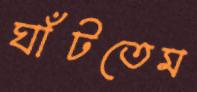
ঘাঁটতেম